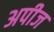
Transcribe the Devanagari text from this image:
अपीज